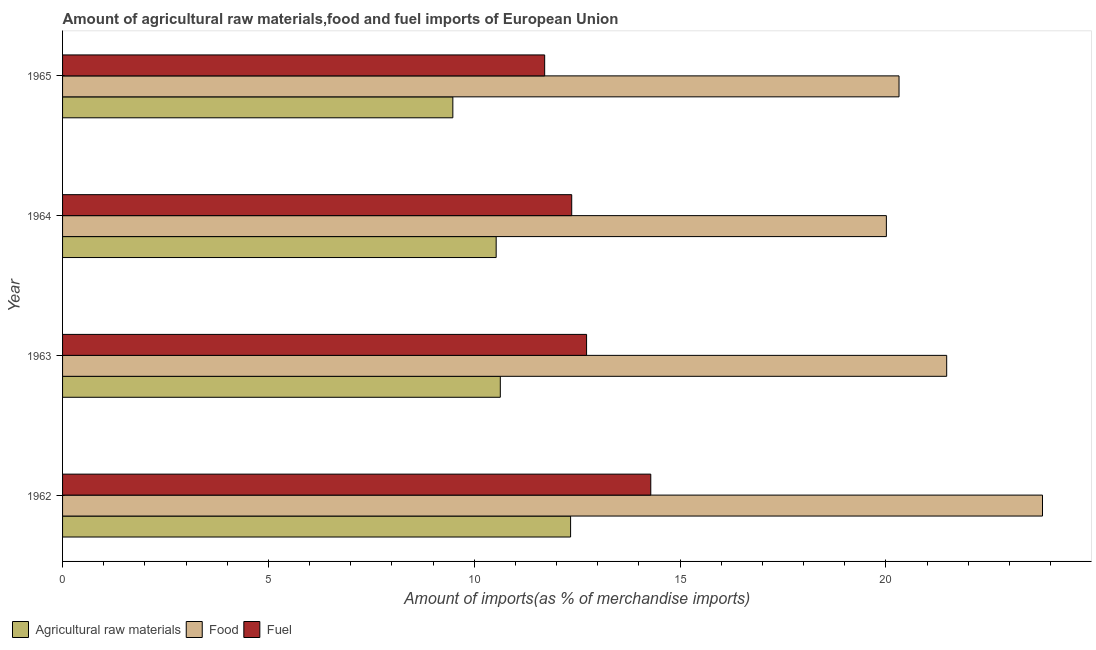
| Year | Agricultural raw materials | Food | Fuel |
 | --- | --- | --- | --- |
 | 1962 | 12.3 | 23.8 | 14.3 |
 | 1963 | 10.6 | 21.5 | 12.7 |
 | 1964 | 10.5 | 20 | 12.4 |
 | 1965 | 9.48 | 20.3 | 11.7 |